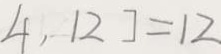
4 , 1 2 ] = 1 2